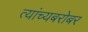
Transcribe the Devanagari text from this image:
त्यांच्यबरोबर